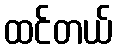
ထင်တယ်